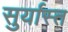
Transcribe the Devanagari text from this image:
सुर्यास्‍त